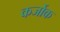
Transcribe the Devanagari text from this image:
कर्जोक